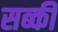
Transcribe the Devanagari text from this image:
सब्की